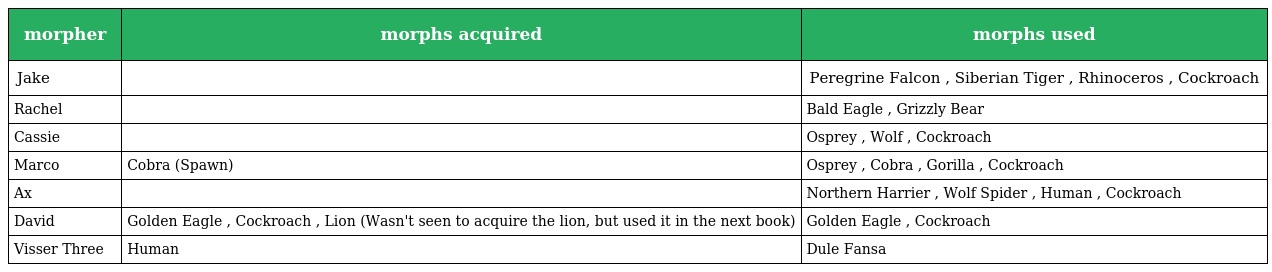
| morpher | morphs acquired | morphs used |
 | --- | --- | --- |
 | Jake |  | Peregrine Falcon , Siberian Tiger , Rhinoceros , Cockroach |
 | Rachel |  | Bald Eagle , Grizzly Bear |
 | Cassie |  | Osprey , Wolf , Cockroach |
 | Marco | Cobra (Spawn) | Osprey , Cobra , Gorilla , Cockroach |
 | Ax |  | Northern Harrier , Wolf Spider , Human , Cockroach |
 | David | Golden Eagle , Cockroach , Lion (Wasn't seen to acquire the lion, but used it in the next book) | Golden Eagle , Cockroach |
 | Visser Three | Human | Dule Fansa |